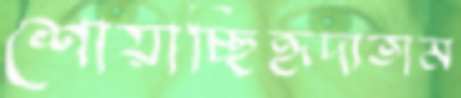
শোয়াচ্ছিহৃদ্যতাম